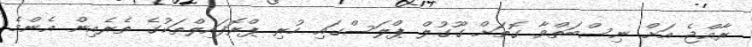
ރާއްޖެ އަށް ނިސްބަތްވާ ގޮތަށް ގޫގުލް ޕްލަސްގައި ހުރި ޕްރޮފައިލްތަކުގެ ތެރެއިން އެންމެ